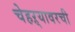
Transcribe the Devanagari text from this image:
चेहऱ्यावरची